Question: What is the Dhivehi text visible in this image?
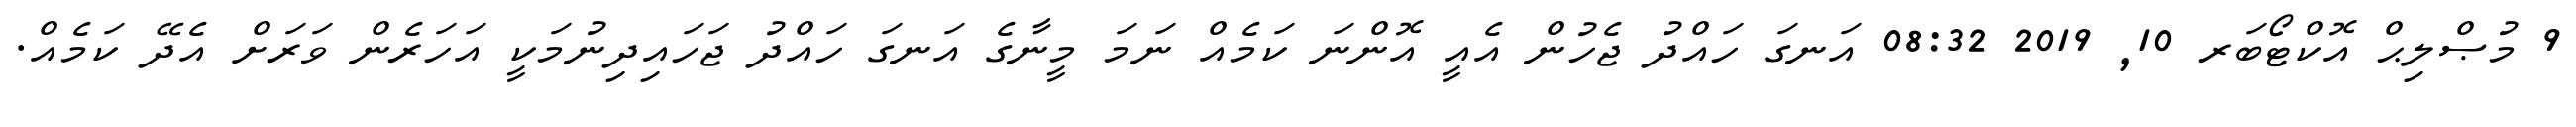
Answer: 9 މުޞްލިޙް އޮކްޓޯބަރ 10, 2019 08:32 އަނގަ ހައްދު ޖެހުން އެއީ އޮންނަ ކަމެއް ނަމަ މީނާގެ އަނގަ ހައްދު ޖަހައިދިނުމަކީ އަހަރެން ވަރަށް އެދޭ ކަމެއް.